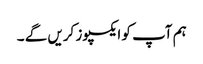
ہم آپ کو ایکسپوز کریں گے ۔